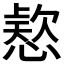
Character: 𭞗